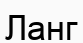
Ланг